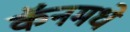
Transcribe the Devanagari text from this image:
कॅनमधे